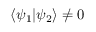
\langle \psi _ { 1 } \vert \psi _ { 2 } \rangle \neq 0